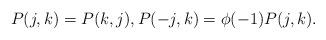
LaTeX: \begin{align*}P(j,k)=P(k,j), P(-j,k) = \phi(-1)P(j,k).\end{align*}